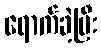
ရောက်ခဲ့ပြီး